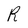
Character: R